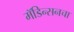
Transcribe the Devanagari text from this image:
मॅडिन्सनचा